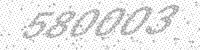
Solution: 580003